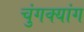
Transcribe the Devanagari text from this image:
चुंगक्यांग